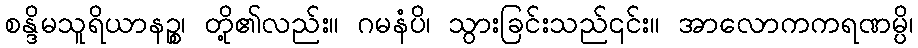
စန္ဒိမသူရိယာနဉ္စ၊ တို့၏လည်း။ ဂမနံပိ၊ သွားခြင်းသည်၎င်း။ အာလောကကရဏမ္ပိ၊